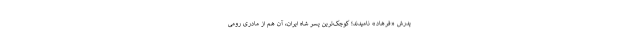
پدرش «فرهاد» نامیدند؛ کوچک‌ترین پسر شاه ایران، آن هم از مادری رومی